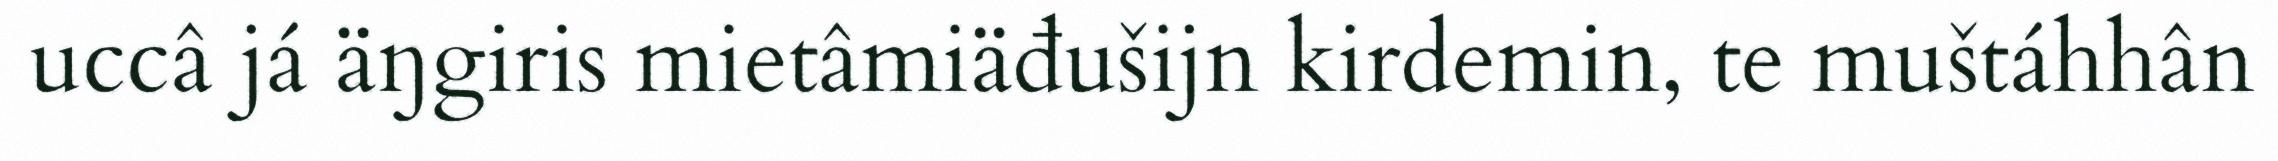
uccâ já äŋgiris mietâmiäđušijn kirdemin, te muštáhhân